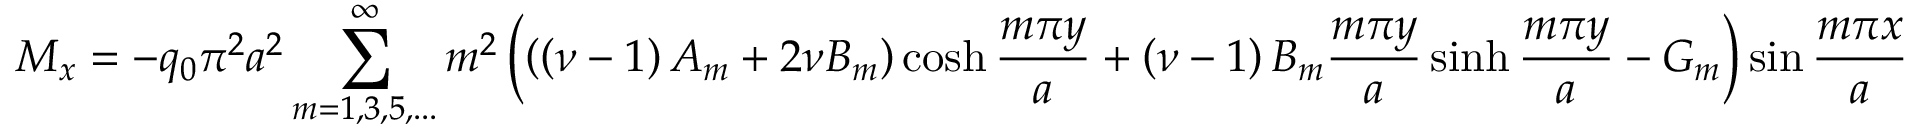
M _ { x } = - q _ { 0 } \pi ^ { 2 } a ^ { 2 } \sum _ { m = 1 , 3 , 5 , . . . } ^ { \infty } m ^ { 2 } \left( \left( \left( \nu - 1 \right) A _ { m } + 2 \nu B _ { m } \right) \cosh { \frac { m \pi y } { a } } + \left( \nu - 1 \right) B _ { m } { \frac { m \pi y } { a } } \sinh { \frac { m \pi y } { a } } - G _ { m } \right) \sin { \frac { m \pi x } { a } }